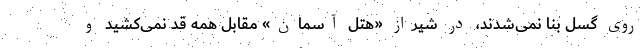
روی گسل بنا نمی‌شدند، در شیراز «هتل آسمان» مقابل همه قد نمی‌کشید و